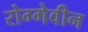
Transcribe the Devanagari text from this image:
रोग्गेवीन